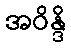
အဝိန္ဒိ